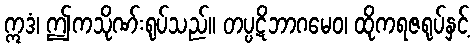
ဣဒံ၊ ဤကသိုဏ်းရုပ်သည်။ တပ္ပဋိဘာဂမေဝ၊ ထိုကရဇရုပ်နှင့်